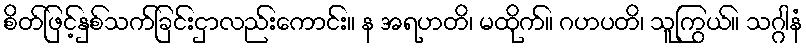
စိတ်ဖြင့်နှစ်သက်ခြင်းငှာလည်းကောင်း။ န အရဟတိ၊ မထိုက်။ ဂဟပတိ၊ သူကြွယ်။ သဂ္ဂါနံ